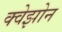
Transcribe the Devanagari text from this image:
क्वेझोन